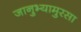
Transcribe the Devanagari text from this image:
जानुभ्यामुरसा